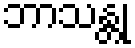
ဘာသန္တု